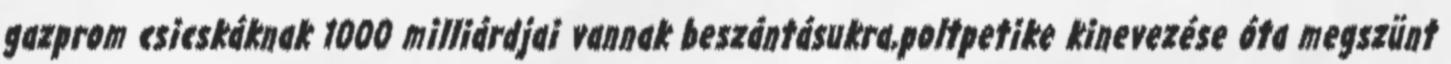
gazprom csicskáknak 1000 milliárdjai vannak beszántásukra,poltpetike kinevezése óta megszünt